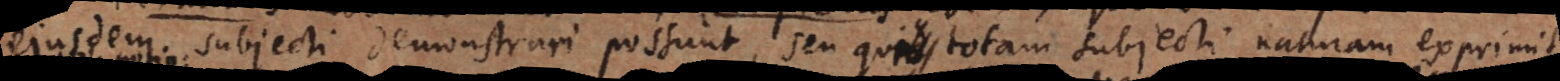
ejusdem subjecti demonstrari possunt, seu qui totam subjecti naturam exprimit,